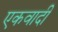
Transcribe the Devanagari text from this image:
एकवादी